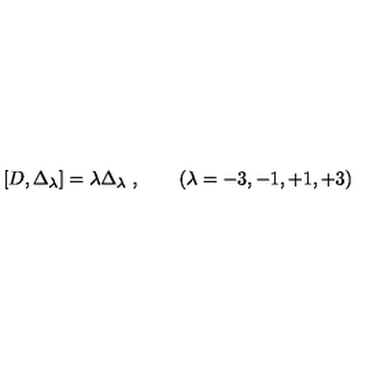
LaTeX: [ D , \Delta _ { \lambda } ] = \lambda \Delta _ { \lambda } \ , \qquad ( \lambda = - 3 , - 1 , + 1 , + 3 )